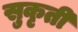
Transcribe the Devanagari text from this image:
सुकृती